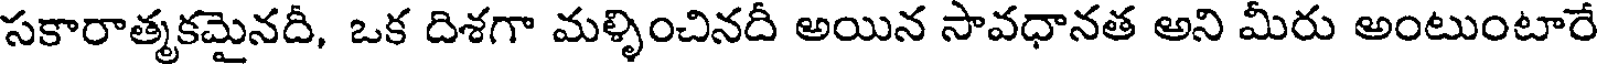
సకారాత్మకమైనదీ, ఒక దిశగా మళ్ళించినదీ అయిన సావధానత అని మీరు అంటుంటారే